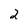
Character: 2